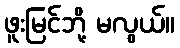
ဖူးမြင်ဘို့ မလွယ်။